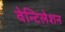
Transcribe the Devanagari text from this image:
वेन्टिलेशन